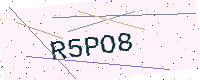
Text: R5PO8